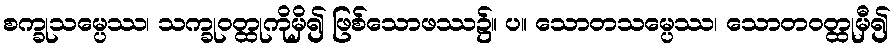
စက္ခုသမ္ပေဿ၊ သက္ခုဝတ္ထုကိုမှိ၍ ဖြစ်သောဖဿ၌။ ပ။ သောတသမ္ပေဿ၊ သောတဝတ္ထုမှီ၍